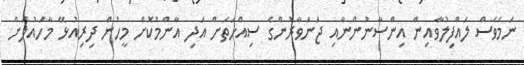
ނަމަވެސް ލައްފިލުވާއިން އިންސާނުންނާއި ޖަނަވާރުންގެ ސިއްހަތަށް އަދި އާންމުކޮށް މީހުން ދިރިއުޅޭ މާހައުލަށް